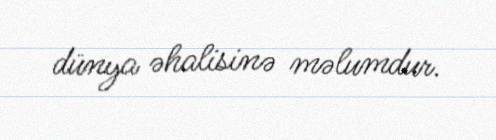
dünya əhalisinə məlumdur.